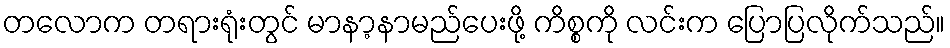
တလောက တရားရုံးတွင် မာနာ့နာမည်ပေးဖို့ ကိစ္စကို လင်းက ပြောပြလိုက်သည်။